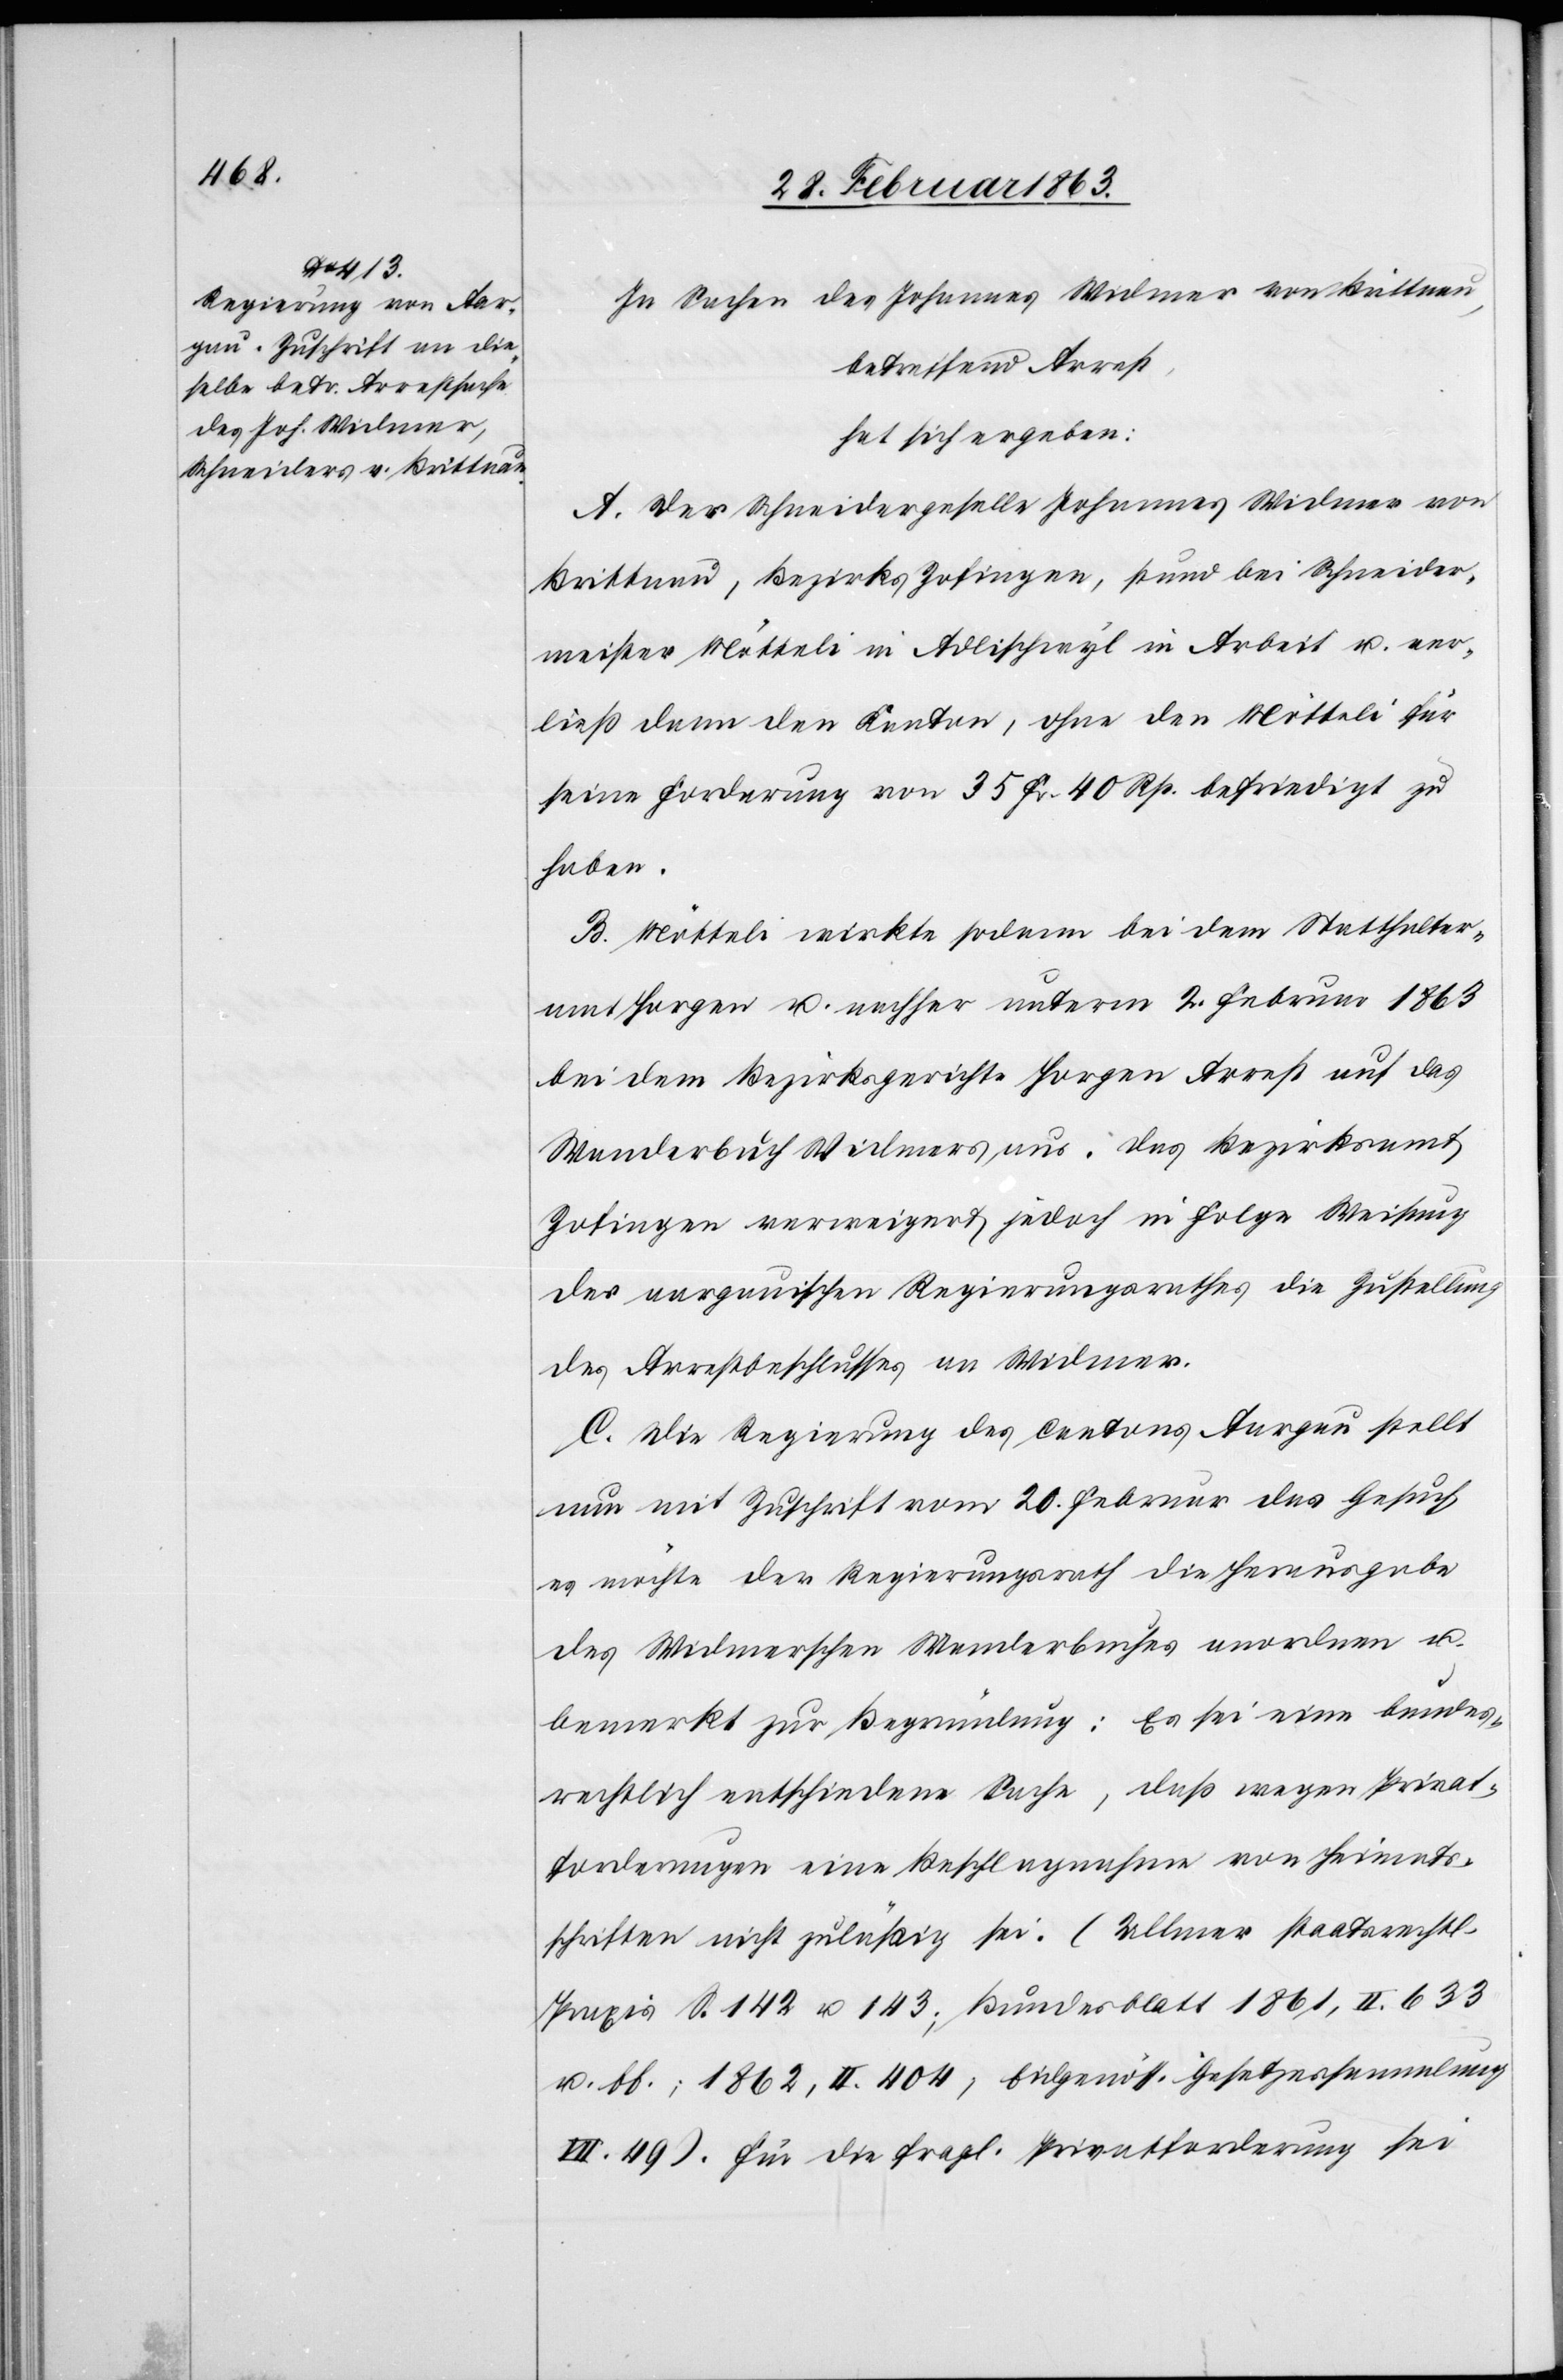
In Sachen des Johannes Widmer von Brittnau,
betreffend Arrest,
hat sich ergeben:
A. Der Schneidergeselle Johannes Widmer von
Brittnau, Bezirks Zofingen, stand bei Schneider¬
meister Mötteli in Adlischwyl in Arbeit u. ver¬
ließ dann den Kanton, ohne den Mötteli für
seine Forderung von 35 Fr. 40 Rp. befriedigt zu
haben.
B. Mötteli wirkte sodann bei dem Statthalter¬
amt Horgen u. nachher unterm 2. Februar 1863
bei dem Bezirksgerichte Horgen Arrest auf das
Wanderbuch Widmers aus. Das Bezirksamt
Zofingen verweigert jedoch in Folge Weisung
des aargauischen Regierungsrathes die Zustellung
des Arrestbeschlusses an Widmer.
C. Die Regierung des Cantons Aargau stellt
nun mit Zuschrift vom 20. Februar das Gesuch,
es möchte der Regierungsrath die Herausgabe
des Widmerschen Wanderbuches anordnen u.
bemerkt zur Begründung: Es sei eine bundes¬
rechtlich entschiedene Sache, daß wegen Privat¬
forderungen eine Beschlagnahme von Heimats¬
schriften nicht zuläßig sei. (Ullmer staatsrechtl.
Praxis S. 142 u. 143; Bundesblatt 1861, II. 633
u. ff.; 1862, II. 404, Eidgenöss. Gesetzessammlung
VII. 49). Für die fragl. Privatforderung sei